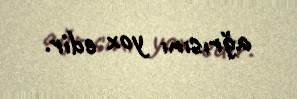
ağrısını yox edir.